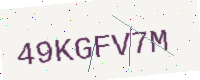
Text: 49KGFV7M